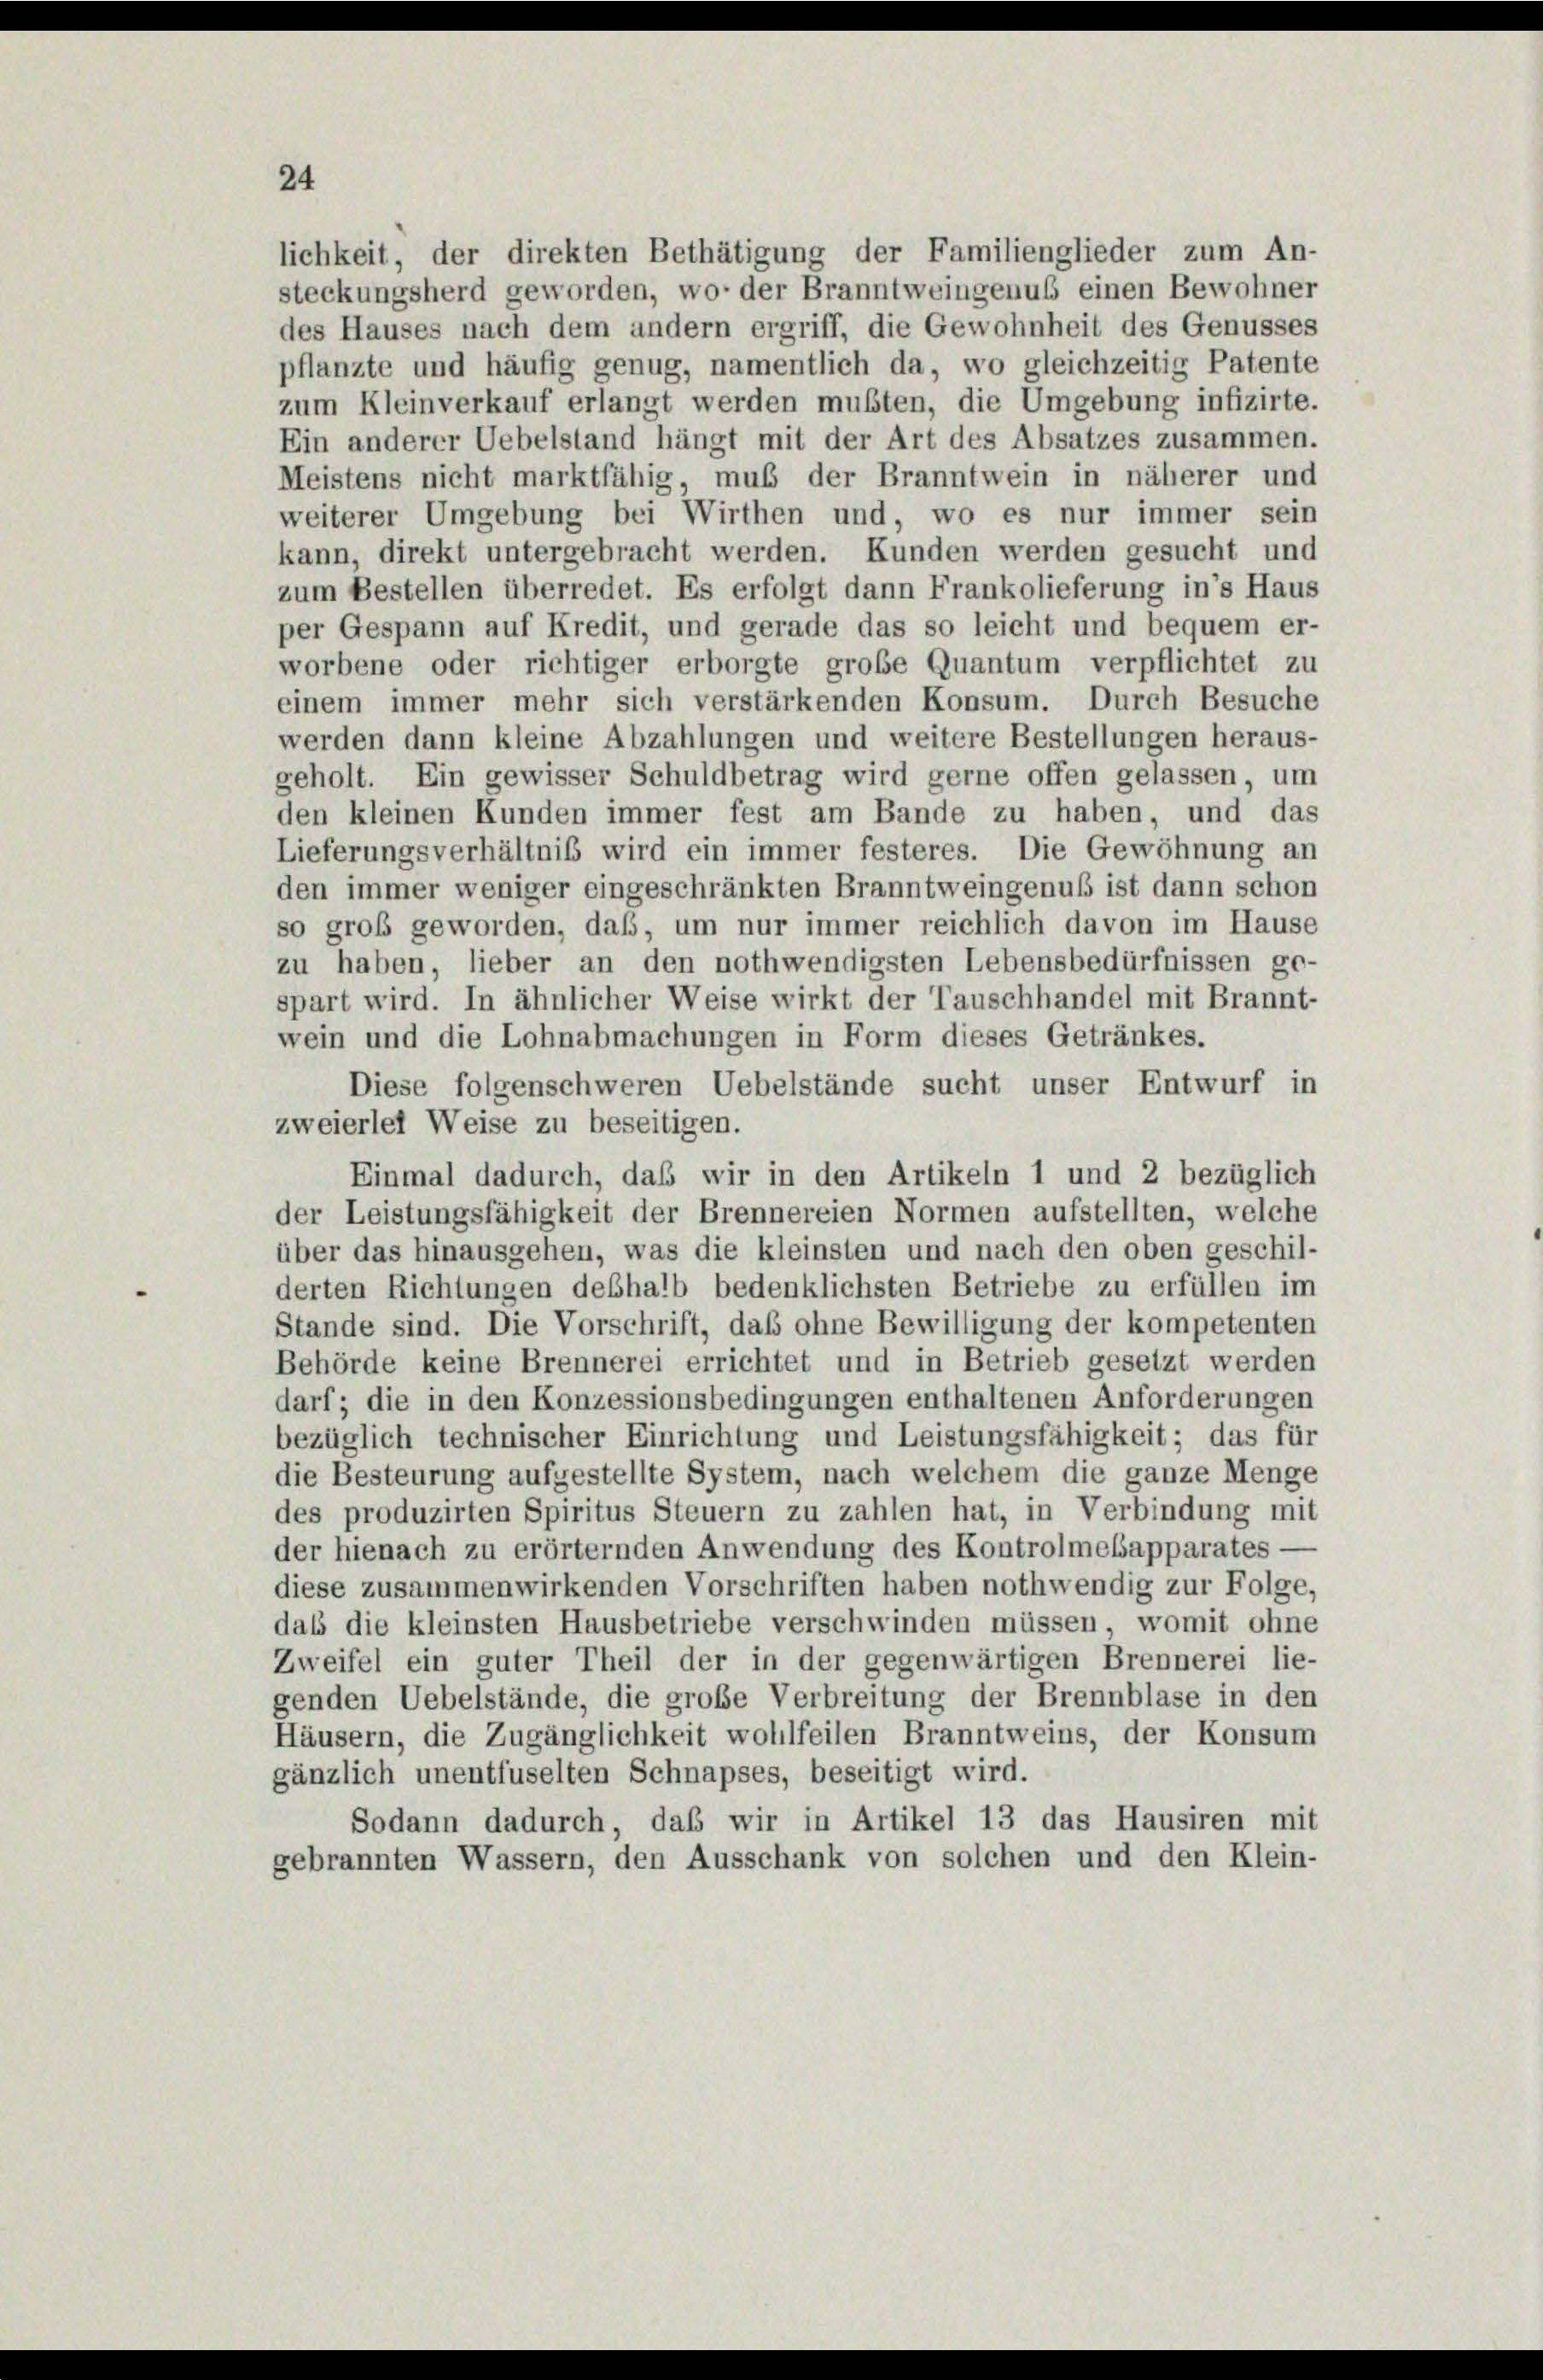
24

lichkeit, der direkten Bethätigung der Familienglieder zum An-
steckungsherd geworden, wo der Branntweingenus einen Bewohner
des Hauses nach dem andern ergriff, die Gewohnheit des Genusses
pflanzte und häufig genug, namentlich da, wo gleichzeitig Patente
zum Kleinverkauf erlangt werden mußten, die Umgebung infizirte.
Ein anderer Uebelstand hängt mit der Art des Absatzes zusammen.
Meistens nicht marktfähig, muß der Branntwein in näherer und
weiterer Umgebung bei Wirthen und, wo es nur immer sein
kann, direkt untergebracht werden. Kunden werden gesucht und
zum Bestellen überredet. Es erfolgt dann Frankolieferung in’s Haus
per Gespann auf Kredit, und gerade das so leicht und bequem er-
worbene oder richtiger erborgte grobe Quantum verpflichtet zu
einem immer mehr sich verstärkenden Konsum. Durch Besuche
werden dann kleine Abzahlungen und weitere Bestellungen heraus-
geholt. Ein gewisser Schuldbetrag wird gerne offen gelassen, um
den kleinen Kunden immer fest am Bande zu haben, und das
Lieferungsverhältniß wird ein immer festeres. Die Gewöhnung an
den immer weniger eingeschränkten Branntweingenuß ist dann schon
so groß geworden, daß, um nur immer reichlich davon im Hause
zu haben, lieber an den nothwendigsten Lebensbedürfnissen ge-
spart wird. In ähnlicher Weise wirkt der Tauschhandel mit Brannt-

wein und die Lohnabmachungen in Form dieses Getränkes.
Diese folgenschweren Uebelstände sucht unser Entwurf in
zweierlei Weise zu beseitigen.
Einmal dadurch, daß wir in den Artikeln 1 und 2 bezüglich
der Leistungsfähigkeit der Brennereien Normen aufstellten, welche
über das hinausgehen, was die kleinsten und nach den oben geschil-
derten Richtungen deshalb bedenklichsten Betriebe zu erfüllen im
Stande sind. Die Vorschrift, daß ohne Bewilligung der kompetenten
Behörde keine Brennerei errichtet und in Betrieb gesetzt werden
darf; die in den Konzessionsbedingungen enthaltenen Anforderungen
bezüglich technischer Einrichtung und Leistungsfähigkeit; das für
die Besteurung aufgestellte System, nach welchem die ganze Menge
des produzirten Spiritus Steuern zu zahlen hat, in Verbindung mit
der hienach zu erörternden Anwendung des Kontrolmebapparates -
diese zusammenwirkenden Vorschriften haben nothwendig zur Folge,
daß die kleinsten Hausbetriebe verschwinden müssen, womit ohne
Zweifel ein guter Theil der in der gegenwärtigen Brennerei lie-
genden Uebelstände, die große Verbreitung der Brennblase in den
Häusern, die Zugänglichkeit wohlfeilen Branntweins, der Konsum
gänzlich unentfuselten Schnapses, beseitigt wird.
Sodann dadurch, daß wir in Artikel 13 das Hausiren mit
gebrannten Wassern, den Ausschank von solchen und den Klein-